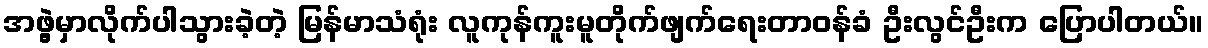
အဖွဲ့မှာလိုက်ပါသွားခဲ့တဲ့ မြန်မာသံရုံး လူကုန်ကူးမူတိုက်ဖျက်ရေးတာဝန်ခံ ဦးလွင်ဦးက ပြောပါတယ်။